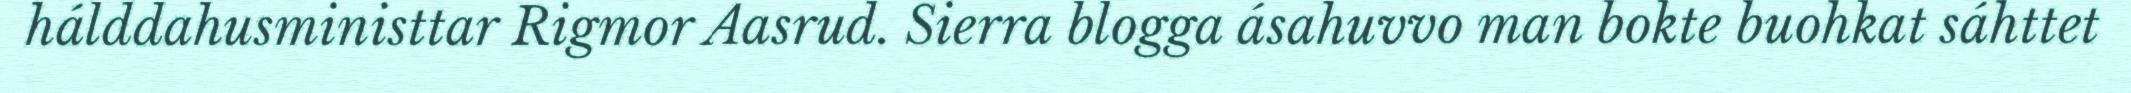
hálddahusministtar Rigmor Aasrud. Sierra blogga ásahuvvo man bokte buohkat sáhttet